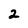
Character: 2